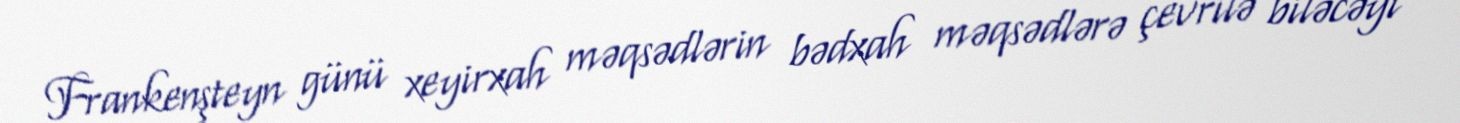
Frankenşteyn günü xeyirxah məqsədlərin bədxah məqsədlərə çevrilə biləcəyi